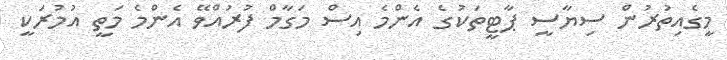
މީގެއިތުރުން ސިޔާސީ ޕާޓީތަކުގެ އެންމެ އިސް މަގާމް ފުރުއްވޭ އެންމެ މަތީ އުމުރަކީ